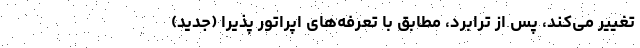
تغییر می‌کند، پس از ترابرد، مطابق با تعرفه‌های اپراتور پذیرا (جدید)